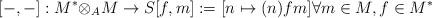
LaTeX: \begin{align*}[-,-]: M^\ast {\otimes_A} M \rightarrow S [f,m] := [n \mapsto (n)f m] \forall m\in M, f\in M^\ast\end{align*}